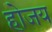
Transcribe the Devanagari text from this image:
होजय